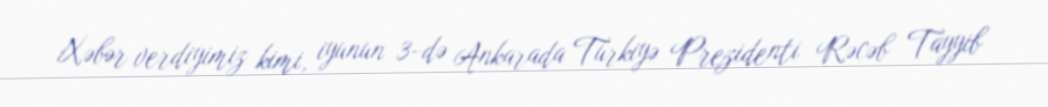
Xəbər verdiyimiz kimi, iyunun 3-də Ankarada Türkiyə Prezidenti Rəcəb Tayyib